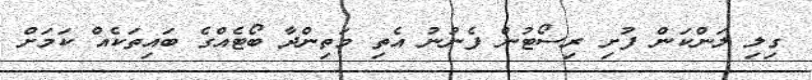
ގިލި ލަންކަން ފުށި ރިސޯޓުން ފެނުނު އެތި މަތިންދާ ބޯޓެއްގެ ބައިތަކެއް ކަމަށް